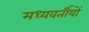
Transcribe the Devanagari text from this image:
मध्यवर्तीयों